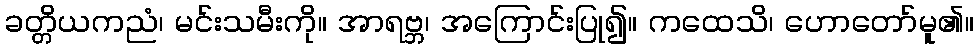
ခတ္တိယကညံ၊ မင်းသမီးကို။ အာရဗ္ဘ၊ အကြောင်းပြု၍။ ကထေသိ၊ ဟောတော်မူ၏။